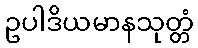
ဥပါဒိယမာနသုတ္တံ